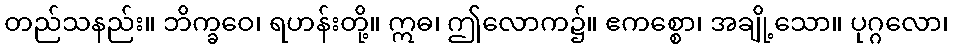
တည်သနည်း။ ဘိက္ခဝေ၊ ရဟန်းတို့။ ဣဓ၊ ဤလောက၌။ ဧကစ္စော၊ အချို့သော။ ပုဂ္ဂလော၊